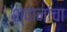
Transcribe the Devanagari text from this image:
श्वानांचा